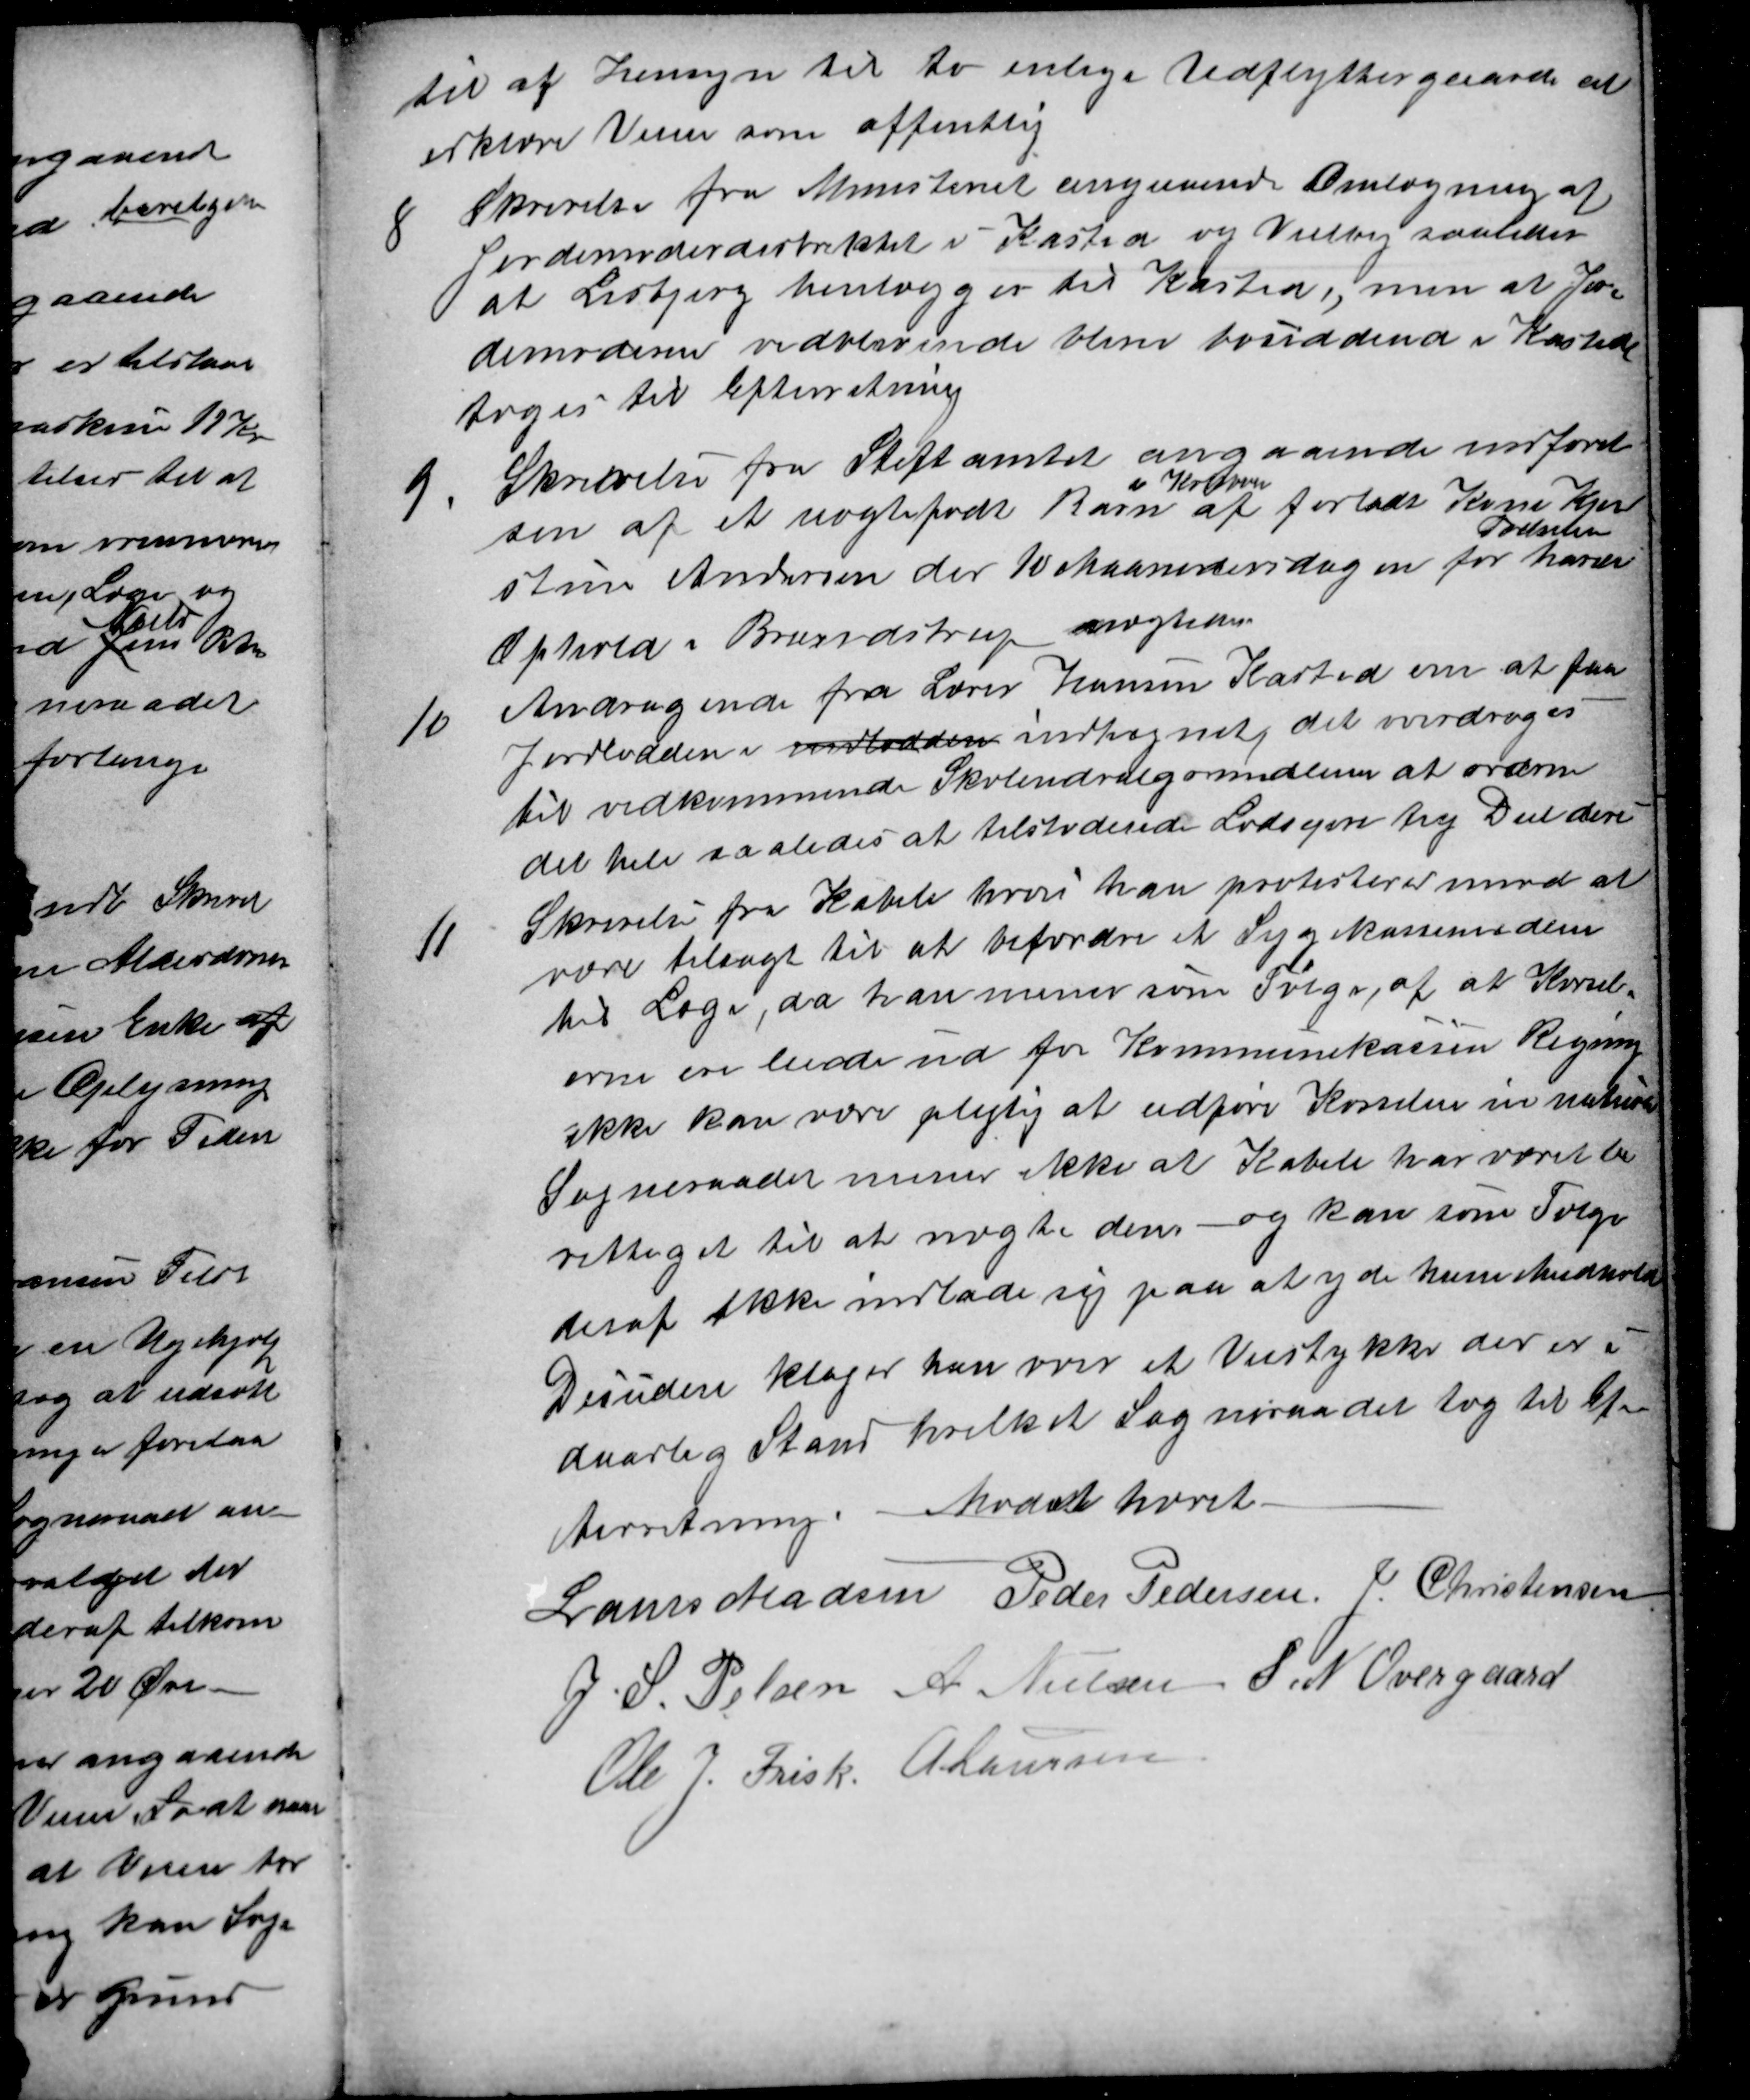
Transskription:
til af Hensyn til to enlige Udflyttergaarde at
erklære Veien som offentlig
8 Skrivelse fra Ministeriet angaaende Omlægning af
Jordemoderdistriktet i Kasted og Veilby saaledes
at Lisbjerg henlægges til Kasted, men at Jor-
demoderen vedblivende blive bosiddende i Kasted
toges til Efterretning
9. Skrivelse fra Stiftamtet angaaende indførel-
sen af et uægtefødt Barn 
i København
af forladt Kone Kjer-
stine Andersen der 10 Maanedersdagen for
Fødselen
havde
Ophold i Brendstrup nægtedes
10 Andragende fra Lærer Hansen Kasted om at faa
Jordlodden i indlodden indhegnet, det overdroges
til vedkommende Skoleudvalgsmedlem at ordne 
det hele saaledes at tilstødende Lodsejere tog Del deri
11 Skrivelse fra Kabell hvori han protesterer imod at
være tilsagt til at befordre et Sygekassemedlem
til Læge, da han mener som Følge, af at Kørsel-
erne ere leiede ud for Kommunekassen Regning
ikke kan være pligtig at udføre Kørselen in natura
Sogneraadet mener ikke at Kabell har været be
rettiget til at nægte dem - og kan som Følge
deraf ikke indlade sig paa at yde ham medhold
Desuden klager han over et Veistykke der er i
daarlig Stand hvilket Sogneraadet tog til Ef-
terretning. Mødet hævet.
Laurs Madsen Peder Pedersen J. Christensen
J. S. Pelsen A. Nielsen S. N. Overgaard
Ole J. Frisk A Laursen